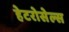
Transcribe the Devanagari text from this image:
हेटरोसेल्स